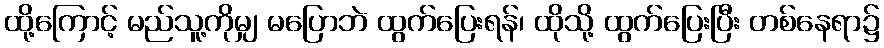
ထို့ကြောင့် မည်သူ့ကိုမျှ မပြောဘဲ ထွက်ပြေးရန်၊ ထိုသို့ ထွက်ပြေးပြီး တစ်နေရာ၌